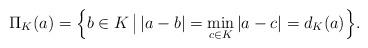
LaTeX: \begin{align*}\Pi_{K} (a) = \Bigl\{b \in K \, \bigl\vert \, \vert a - b \vert = \min _{c \in K} \vert a - c \vert = d_{K}(a) \Bigr\}. \end{align*}